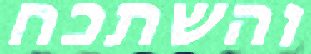
והשתכח